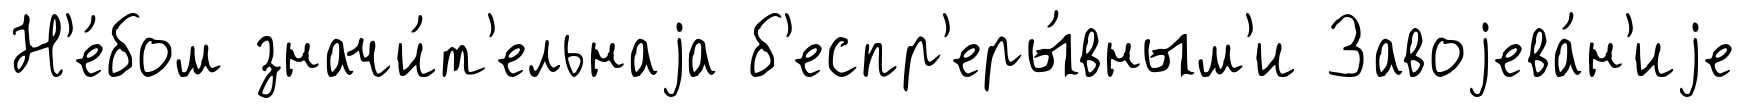
Н'е́бом значи́т'ельнаjа б'еспр'еры́вным'и Завоjева́н'иjе